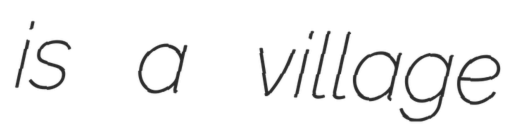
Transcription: is a village